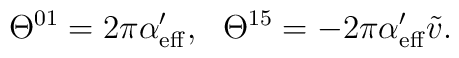
\Theta^{01} = 2\pi \alpha'_{\rm eff},\ \ \Theta^{15} = - 2\pi\alpha'_{\rm eff} \tilde v.